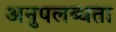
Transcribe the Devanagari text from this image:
अनुपलब्‍धता